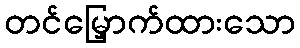
တင်မြှောက်ထားသော